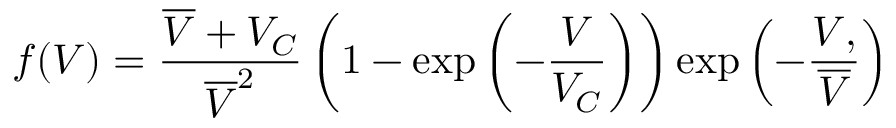
f ( V ) = \frac { \overline { { V } } + V _ { C } } { \overline { { V } } ^ { 2 } } \left( 1 - \exp \left( - \frac { V } { V _ { C } } \right) \right) \exp \left( - \frac { V , } { \overline { { V } } } \right)